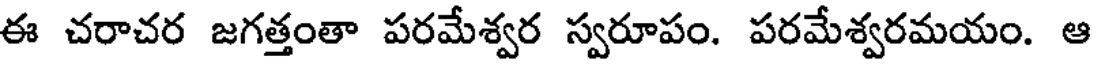
ఈ చరాచర జగత్తంతా పరమేశ్వర స్వరూపం. పరమేశ్వరమయం. ఆ